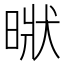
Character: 𣈚